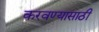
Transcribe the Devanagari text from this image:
करवण्यासाठी